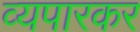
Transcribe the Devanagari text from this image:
व्यपारकर